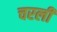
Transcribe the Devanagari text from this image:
चरली